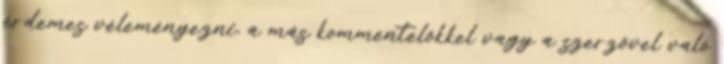
érdemes véleményezni, a más kommentelőkkel vagy a szerzővel való